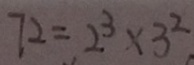
7 2 = 2 ^ { 3 } \times 3 ^ { 2 }